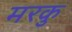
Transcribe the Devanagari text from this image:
मरकु